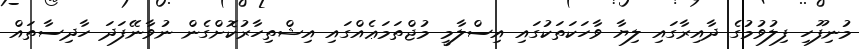
މުނިފޫހި ފިލުވުމުގެ ދާއިރާގައި ލިޔާ ވާހަކަތަކުގައި އިސްލާމީ މުޖްތަމަޢެއްގައި އިޝްތިހާރުކޮށްގެން ނުވާނޭފަދަ ހާދިސާތައް